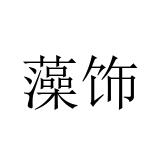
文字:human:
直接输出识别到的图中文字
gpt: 藻饰